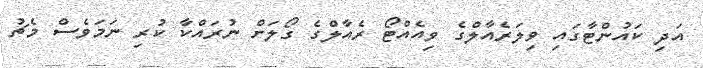
އަދި ކައުންޓާގައި ވިލަރެއާލްގެ ވިއެއްޓޯ ރެއާލްގެ ގޯލަށް ނުރައްކާ ކުރި ނަމަވެސް މެޗު